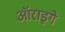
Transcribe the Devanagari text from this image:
ऑराइगे